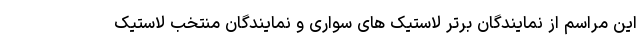
این مراسم از نمایندگان برتر لاستیک های سواری و نمایندگان منتخب لاستیک